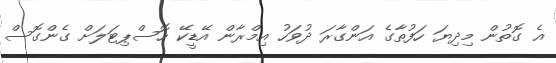
އެ ގޮތުން މިދިޔަ ހަފުތާގެ އަންގާރަ ދުވަހު އިމްރާން އޭޑީކޭ ހޮސްޕިޓަލަށް ގެންގޮސް